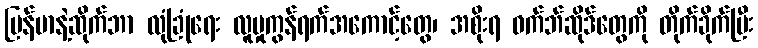
မြန်မာနဲ့ဆိုက်ဘာ လုံခြုံရေး လူမှုကွန်ရက်အကောင့်တွေ၊ အစိုးရ ဝက်ဘ်ဆိုဒ်တွေကို တိုက်ခိုက်ပြီး